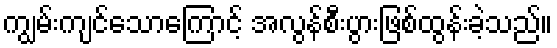
ကျွမ်းကျင်သောကြောင့် အလွန်စီးပွားဖြစ်ထွန်းခဲ့သည်။